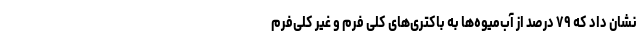
نشان داد که ۷۹ درصد از آب‌میوه‌ها به باکتری‌های کلی فرم و غیر کلی‌فرم